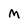
Character: M